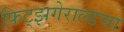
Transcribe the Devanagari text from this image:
फिट्झगेराल्डचा